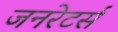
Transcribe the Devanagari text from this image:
जनरेटर्स